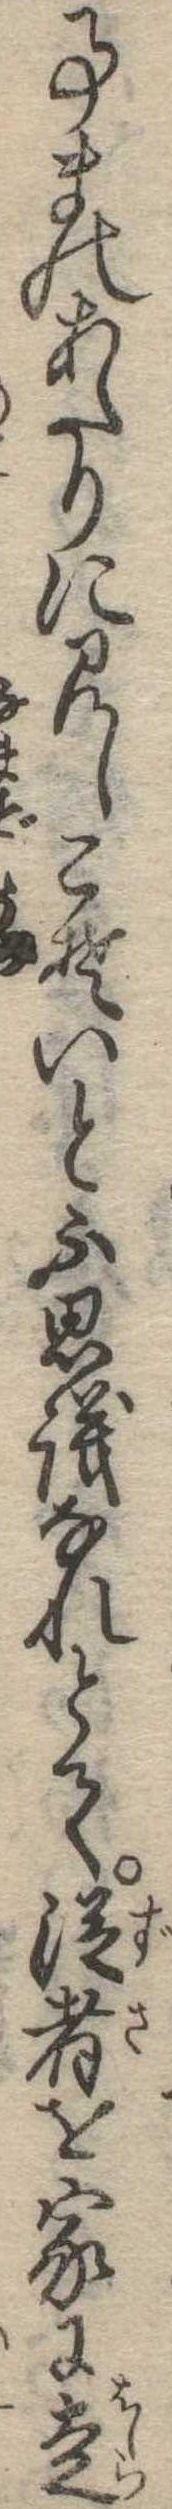
事まのあたりに見しこそいと不思議なれとて従者を家に走